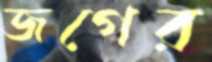
জগের